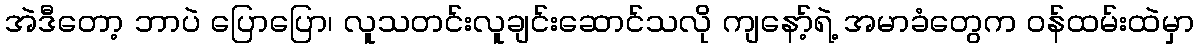
အဲဒီတော့ ဘာပဲ ပြောပြော၊ လူသတင်းလူချင်းဆောင်သလို ကျနော့်ရဲ့ အမာခံတွေက ဝန်ထမ်းထဲမှာ